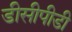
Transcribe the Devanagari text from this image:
डीसीपीडी